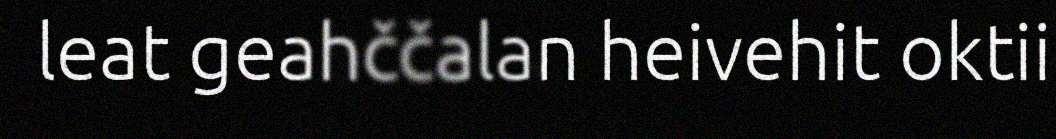
leat geahččalan heivehit oktii